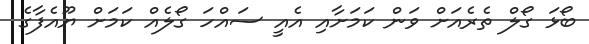
ބޯޅަ ގޯލް ތެރެއަށް ވަން ކަމަށާއި އެއީ ސައްހަ ގޯލެއް ކަމަށް ޔޫއެފާގެ